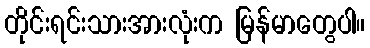
တိုင်းရင်းသားအားလုံးက မြန်မာတွေပါ။